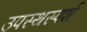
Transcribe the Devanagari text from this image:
उपस्थस्पर्श